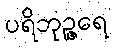
ပရိဘုဉ္ဇရေ